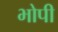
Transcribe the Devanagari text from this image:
भोपी